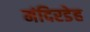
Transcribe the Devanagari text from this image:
मंदिरडेह